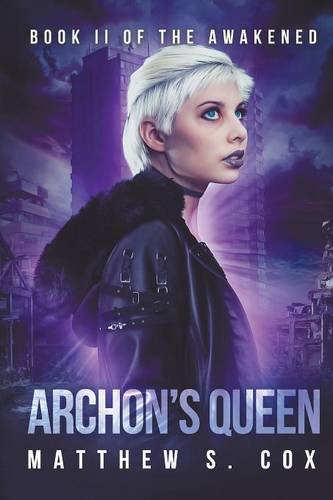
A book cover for Archon's Queen; Matthew S. Cox; Science Fiction & Fantasy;